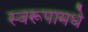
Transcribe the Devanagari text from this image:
स्वरूपामधे